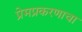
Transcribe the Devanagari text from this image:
प्रेमप्रकरणाचा